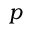
p